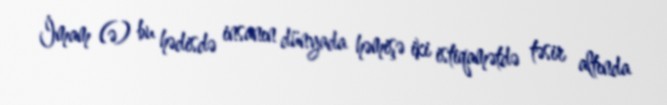
İmam (ə) bu hədisdə insanın dünyada həmişə iki istiqamətdə təsir altında